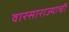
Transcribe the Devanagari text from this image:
वारसाराज्याची